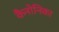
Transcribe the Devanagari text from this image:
कैनोनिका